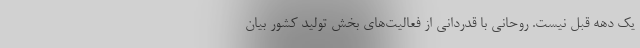
یک دهه قبل نیست. روحانی با قدردانی از فعالیت‌های بخش تولید کشور بیان